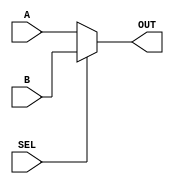
//2:1 Multiplexer realized using data-flow modeling.
`timescale 1ns/1ps
module mux2_1(SEL, A, B, OUT);
input SEL, A, B;
output OUT;

assign OUT = SEL? B : A;
endmodule